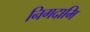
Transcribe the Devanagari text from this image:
निगदामि